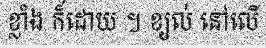
ខ្លាំង ក៏ដោយ ។ ខ្យល់ នៅលើ